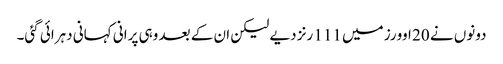
دونوں نے 20 اوورز میں 111 رنز دیے لیکن ان کے بعد وہی پرانی کہانی دہرائی گئی۔